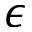
\epsilon